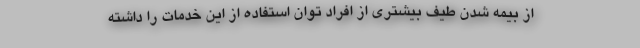
از بیمه شدن طیف بیشتری از افراد توان استفاده از این خدمات را داشته